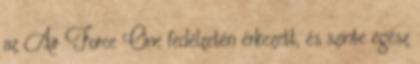
az Air Force One fedélzetén érkezett, és szinte egész